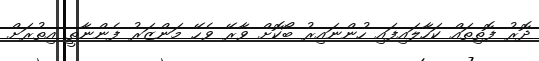
ދޮރު ފޮތިތައް ކަހާލައިފައި ހުންނައިރު ބޯކޮށް ވާރޭ ވެހޭ މަންޒަރު ފެންނާތީ އިތުރަށް